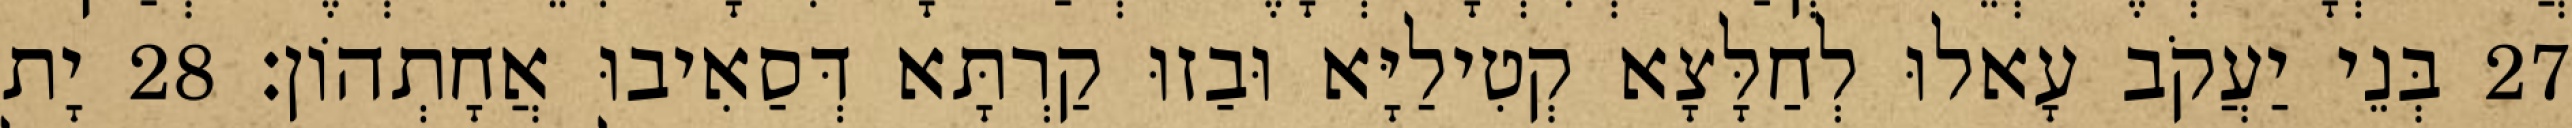
27 בְּנֵי יַעֲקֹב עָאלוּ לְחַלָּצָא קְטִילַיָּא וּבַזוּ קַרְתָּא דְּסַאִיבוּ אֲחָתְהוֹן׃ 28 יָת